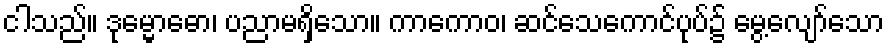
ငါသည်။ ဒုမ္မောဓော၊ ပညာမရှိသော။ ကာကောဝ၊ ဆင်သေကောင်ပုပ်၌ မွေ့လျော်သော